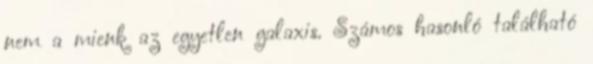
nem a mienk az egyetlen galaxis. Számos hasonló található